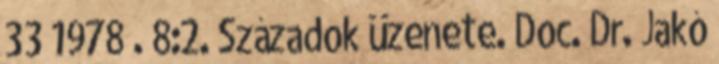
33 1978 . 8:2. Századok üzenete. Doc. Dr. Jakó